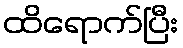
ထိရောက်ပြီး